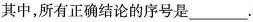
其中，所有正确结论的序号是___.